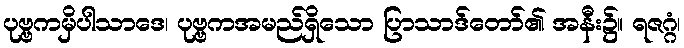
ပုဗ္ဗကမှိပါသာဒေ၊ ပုဗ္ဗကအမည်ရှိသော ပြာသာဒ်တော်၏ အနီး၌။ ရဇဂ္ဂံ၊